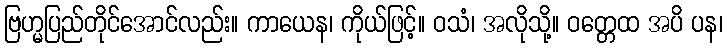
ဗြဟ္မပြည်တိုင်အောင်လည်း။ ကာယေန၊ ကိုယ်ဖြင့်။ ဝသံ၊ အလိုသို့။ ဝတ္တေထ အပိ ပန၊